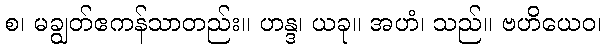
စ၊ မချွတ်ဧကန်သာတည်း။ ဟန္ဒ၊ ယခု။ အဟံ၊ သည်။ ဗဟိယေဝ၊